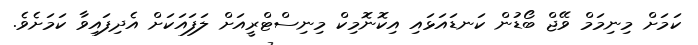
ކަމަށް މިނިމަމް ވޭޖް ބޯޑުން ކަނޑައަޅައި އިކޮނޮމިކް މިނިސްޓްރީއަށް ލަފައަކަށް އެދިފައިވާ ކަމަށެވެ.